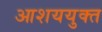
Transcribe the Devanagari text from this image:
आशययुक्‍त